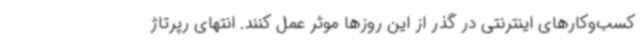
کسب‌وکارهای اینترنتی در گذر از این روزها موثر عمل کنند. انتهای رپرتاژ